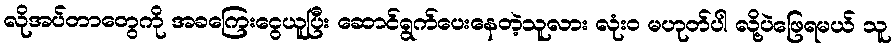
လိုအပ်တာတွေကို အခကြေးငွေယူပြီး ဆောင်ရွက်ပေးနေတဲ့သူလား လုံးဝ မဟုတ်ပါ လို့ပဲဖြေရမယ် သူ